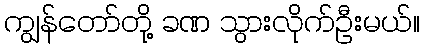
ကျွန်တော်တို့ ခဏ သွားလိုက်ဦးမယ်။